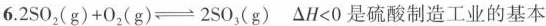
6.2SO2(g)+02(g)=→2SO，(g)△H<0是硫酸制造工业的基本